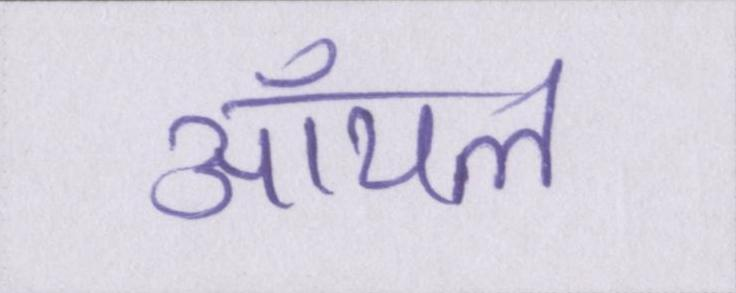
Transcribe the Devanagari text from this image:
ऑयल